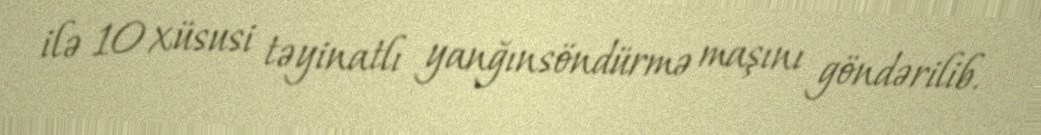
ilə 10 xüsusi təyinatlı yanğınsöndürmə maşını göndərilib.